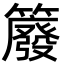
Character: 䉬